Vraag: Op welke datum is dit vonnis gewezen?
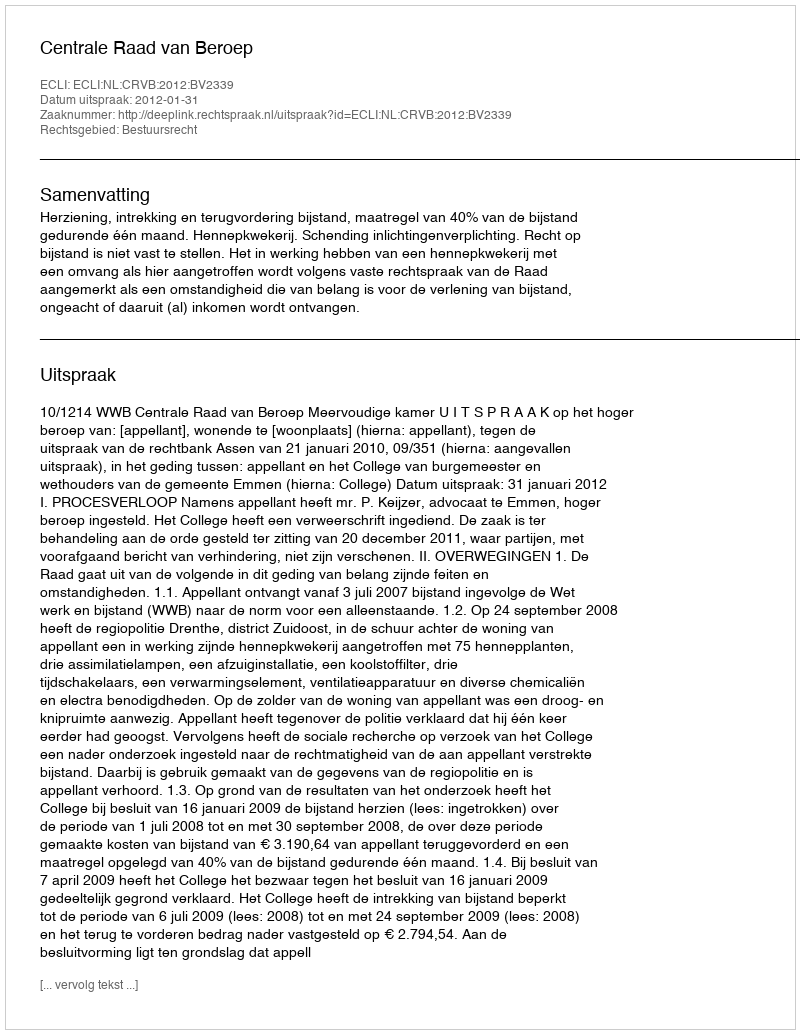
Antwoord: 2012-01-31